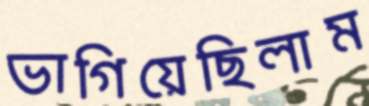
ভাগিয়েছিলাম